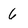
Character: 6